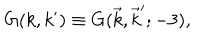
G ( k , k ^ { \prime } ) \equiv G ( \vec { k } , \vec { k } ^ { \prime } ; - 3 ) ,